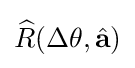
{\widehat {R}}(\Delta \theta ,{\hat {\mathbf {a} }})